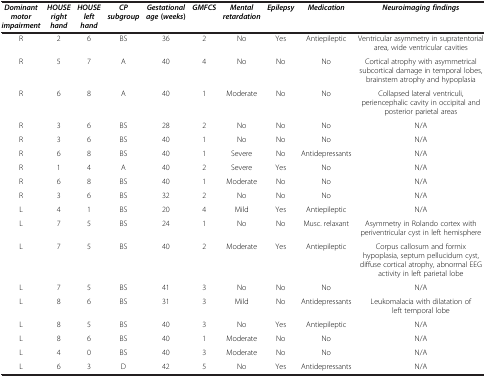
| Dominant motor impairment | HOUSE right hand | HOUSE left hand | CP subgroup | Gestational age ( weeks ) | GMFCS | Mental retardation | Epilepsy | Medication | Neuroimaging findings |
 | --- | --- | --- | --- | --- | --- | --- | --- | --- | --- |
 | R | 2 | 6 | BS | 36 | 2 | No | Yes | Antiepileptic | Ventricular asymmetry in supratentorial area, wide ventricular cavities |
 | R | 5 | 7 | A | 40 | 4 | No | No | No | Cortical atrophy with asymmetrical subcortical damage in temporal lobes, brainstem atrophy and hypoplasia |
 | R | 6 | 8 | A | 40 | 1 | Moderate | No | No | Collapsed lateral ventriculi, periencephalic cavity in occipital and posterior parietal areas |
 | R | 3 | 6 | BS | 28 | 2 | No | No | No | N/A |
 | R | 3 | 6 | BS | 40 | 1 | No | No | No | N/A |
 | R | 6 | 8 | BS | 40 | 1 | Severe | No | Antidepressants | N/A |
 | R | 1 | 4 | A | 40 | 2 | Severe | Yes | No | N/A |
 | R | 6 | 8 | BS | 40 | 1 | Moderate | No | No | N/A |
 | R | 3 | 6 | BS | 32 | 2 | No | No | No | N/A |
 | L | 4 | 1 | BS | 20 | 4 | Mild | Yes | Antiepileptic | N/A |
 | L | 7 | 5 | BS | 24 | 1 | No | No | Musc. relaxant | Asymmetry in Rolando cortex with periventricular cyst in left hemisphere |
 | L | 7 | 5 | BS | 40 | 2 | Moderate | Yes | Antiepileptic | Corpus callosum and formix hypoplasia, septum pellucidum cyst, diffuse cortical atrophy, abnormal EEG activity in left parietal lobe |
 | L | 7 | 5 | BS | 41 | 3 | No | No | No | N/A |
 | L | 8 | 6 | BS | 31 | 3 | Mild | No | Antidepressants | Leukomalacia with dilatation of left temporal lobe |
 | L | 8 | 5 | BS | 40 | 3 | No | Yes | Antiepileptic | N/A |
 | L | 8 | 6 | BS | 40 | 1 | Moderate | No | No | N/A |
 | L | 4 | 0 | BS | 40 | 3 | Moderate | No | No | N/A |
 | L | 6 | 3 | D | 42 | 5 | No | Yes | Antidepressants | N/A |